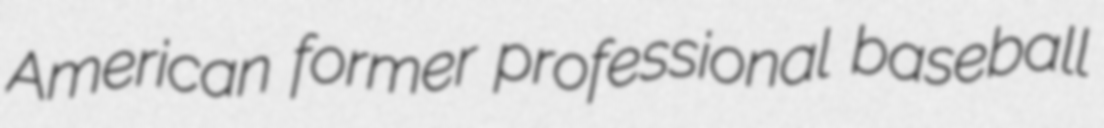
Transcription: American former professional baseball